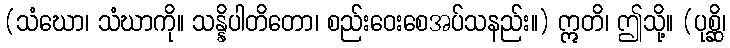
(သံဃော၊ သံဃာကို။ သန္နိပါတိတော၊ စည်းဝေးစေအပ်သနည်း။) ဣတိ၊ ဤသို့။ (ပုစ္ဆိ၊